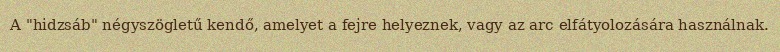
A "hidzsáb" négyszögletű kendő, amelyet a fejre helyeznek, vagy az arc elfátyolozására használnak.